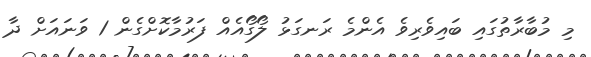
މި މުބާރާތުގައި ބައިވެރިވެ އެންމެ ރަނގަޅު ލޯގޯއެއް ފަރުމާކޮށްގެން 1 ވަނައަށް ދާ